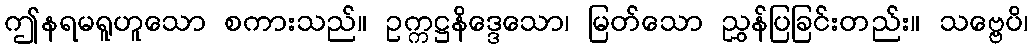
ဤနရမရူဟူသော စကားသည်။ ဥက္ကဋ္ဌနိဒ္ဒေသော၊ မြတ်သော ညွှန်ပြခြင်းတည်း။ သဗ္ဗေပိ၊